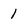
Character: 1